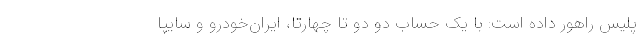
پلیس راهور داده است: با یک حساب دو دو تا چهارتا، ایران‌خودرو و سایپا